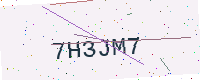
Text: 7H3JM7